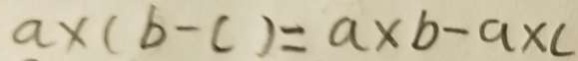
a \times ( b - c ) = a \times b - a \times c